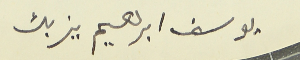
يوسف ابراهيم يزبك